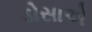
ડોસાએ